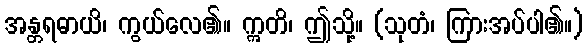
အန္တရဓာယိ၊ ကွယ်လေ၏။ ဣတိ၊ ဤသို့။ (သုတံ၊ ကြားအပ်ပါ၏။)